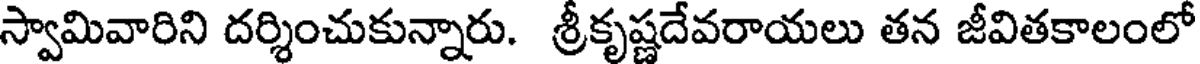
స్వామివారిని దర్శించుకున్నారు. శ్రీకృష్ణదేవరాయలు తన జీవితకాలంలో